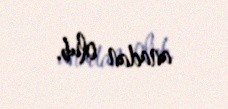
anadan olub.